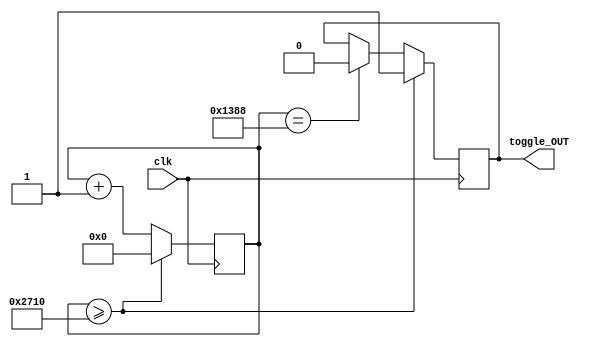
`timescale 1ns / 1ps
//////////////////////////////////////////////////////////////////////////////////
// Company: 
// Engineer: 
// 
// Design Name: 
// Module Name: toggle
// Project Name: 
// Target Devices: 
// Tool Versions: 
// Description: 
// 
// Dependencies: 
// 
// Revision:
// Revision 0.01 - File Created
// Additional Comments:
// 
//////////////////////////////////////////////////////////////////////////////////


module toggle
    #(parameter TON_us = 50,
    parameter TOFF_us = 50,
    parameter CLK_FREQ_MHz = 100)
    (
    input wire clk,
    output reg toggle_OUT
    );
    
    reg[31:0] counter = 0;
    
    always @(posedge clk) begin
        counter <= counter + 1;
        if(counter == (TON_us)*CLK_FREQ_MHz) begin
            toggle_OUT = 1'b0;
        end
        if(counter >= ((TON_us+TOFF_us)*CLK_FREQ_MHz)) begin
            toggle_OUT = 1'b1;
            counter <= 0;
        end
    end
    
    
endmodule